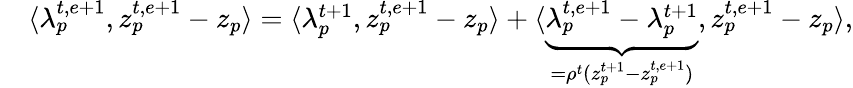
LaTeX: \begin{array}{rl}&{\langle\lambda_{p}^{t,e+1},z_{p}^{t,e+1}-z_{p}\rangle=\langle\lambda_{p}^{t+1},z_{p}^{t,e+1}-z_{p}\rangle+\langle\underbrace{\lambda_{p}^{t,e+1}-\lambda_{p}^{t+1}}_{=\rho^{t}(z_{p}^{t+1}-z_{p}^{t,e+1})},z_{p}^{t,e+1}-z_{p}\rangle,}\end{array}